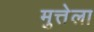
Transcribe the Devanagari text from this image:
मुत्तेला